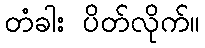
တံခါး ပိတ်လိုက်။